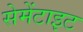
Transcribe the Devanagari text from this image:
सेमेंटाइट